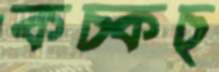
কচ্‌কচ্‌